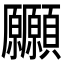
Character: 𩖒